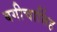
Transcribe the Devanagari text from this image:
बगीचासिंह